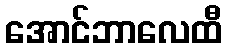
အောင်ဘာလေထီ